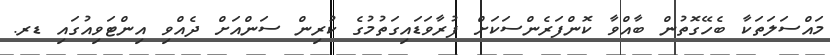
މައްސަލަތަކާ ބެހޭގޮތުން ބާއްވާ ކޮންފަރެންސަކަށް ފުރާވަޑައިގަތުމުގެ ކުރިން ސަންއަށް ދެއްވި އިންޓަވިއުގައި ޑރ.